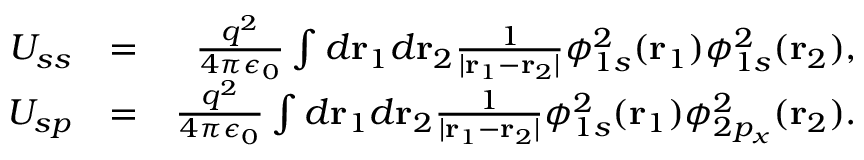
\begin{array} { r l r } { U _ { s s } } & { = } & { \frac { q ^ { 2 } } { 4 \pi \epsilon _ { 0 } } \int d { \bf r } _ { 1 } d { \bf r } _ { 2 } \frac { 1 } { | { \bf r } _ { 1 } - { \bf r } _ { 2 } | } \phi _ { 1 s } ^ { 2 } ( { \bf r } _ { 1 } ) \phi _ { 1 s } ^ { 2 } ( { \bf r } _ { 2 } ) , } \\ { U _ { s p } } & { = } & { \frac { q ^ { 2 } } { 4 \pi \epsilon _ { 0 } } \int d { \bf r } _ { 1 } d { \bf r } _ { 2 } \frac { 1 } { | { \bf r } _ { 1 } - { \bf r } _ { 2 } | } \phi _ { 1 s } ^ { 2 } ( { \bf r } _ { 1 } ) \phi _ { 2 p _ { x } } ^ { 2 } ( { \bf r } _ { 2 } ) . } \end{array}